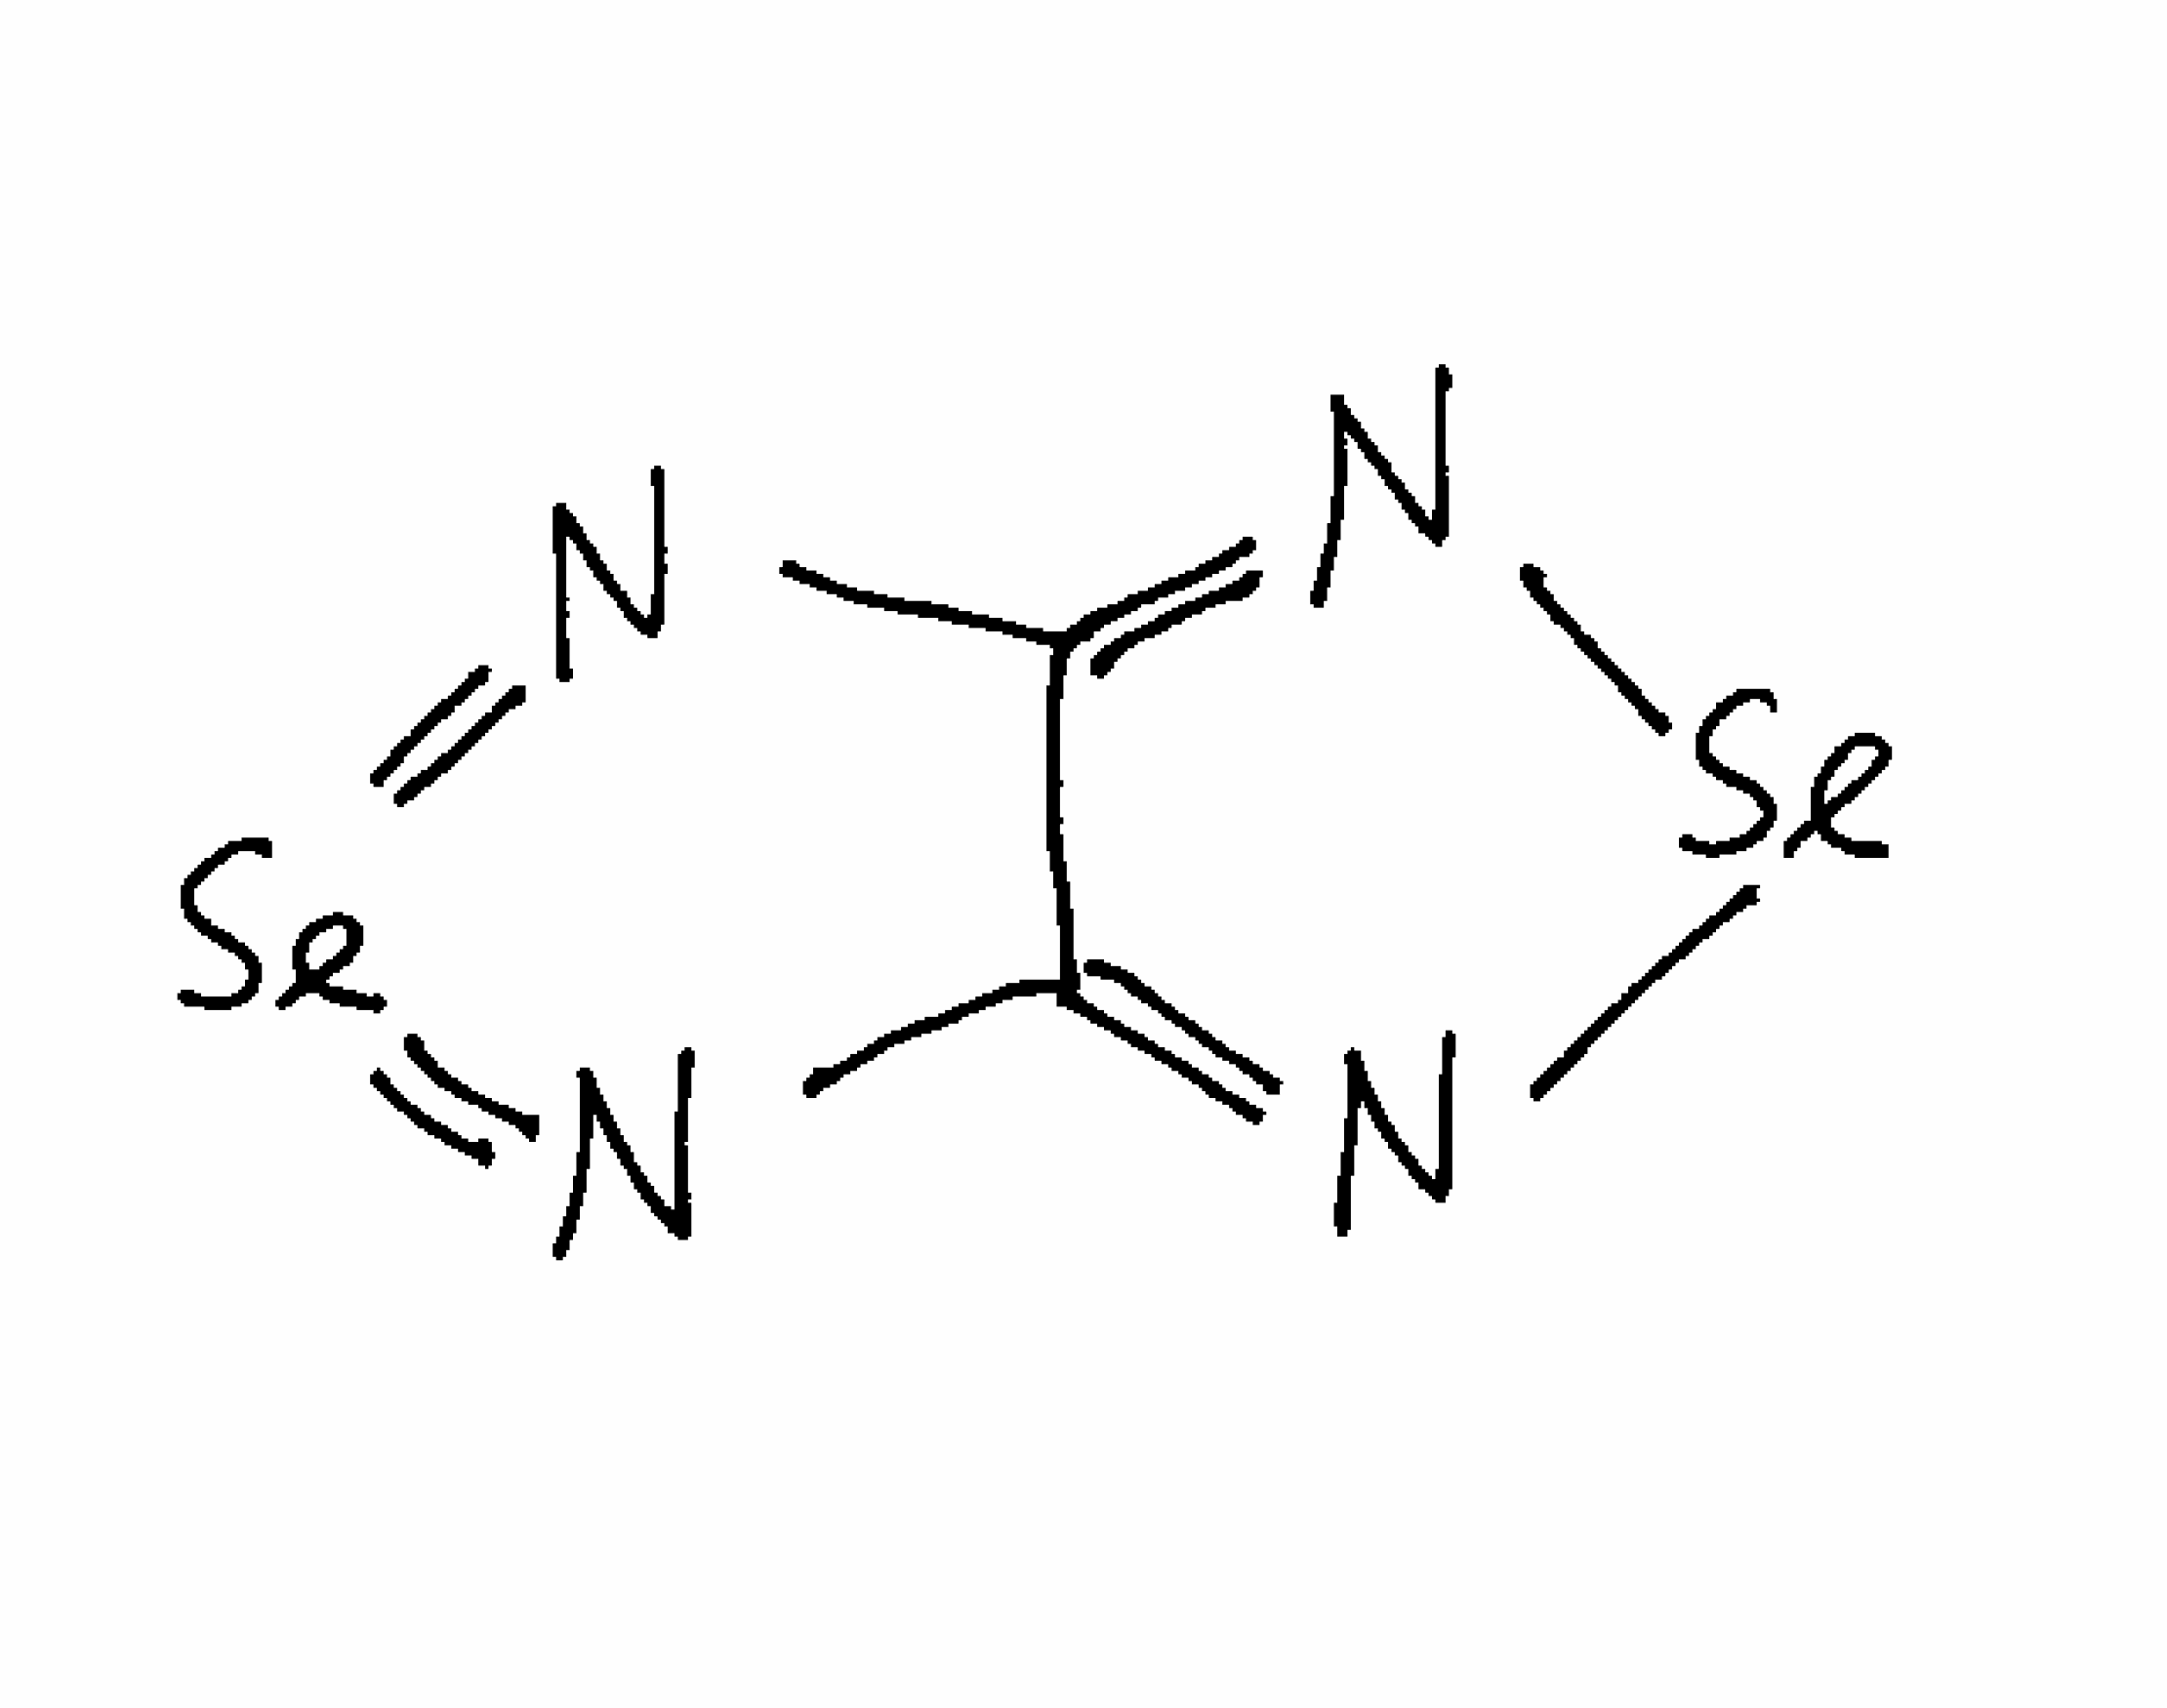
Simplified molecular-input line-entry system (SMILES) notation of the given molecule:
C12=N[Se]N=C1N=[Se]=N2